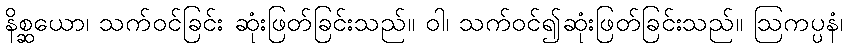
နိစ္ဆယော၊ သက်ဝင်ခြင်း ဆုံးဖြတ်ခြင်းသည်။ ဝါ၊ သက်ဝင်၍ဆုံးဖြတ်ခြင်းသည်။ ဩကပ္ပနံ၊